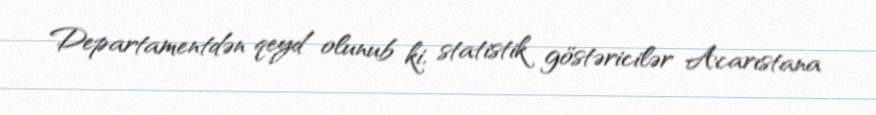
Departamentdən qeyd olunub ki, statistik göstəricilər Acarıstana